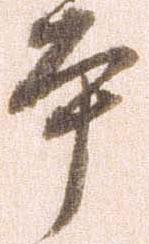
本